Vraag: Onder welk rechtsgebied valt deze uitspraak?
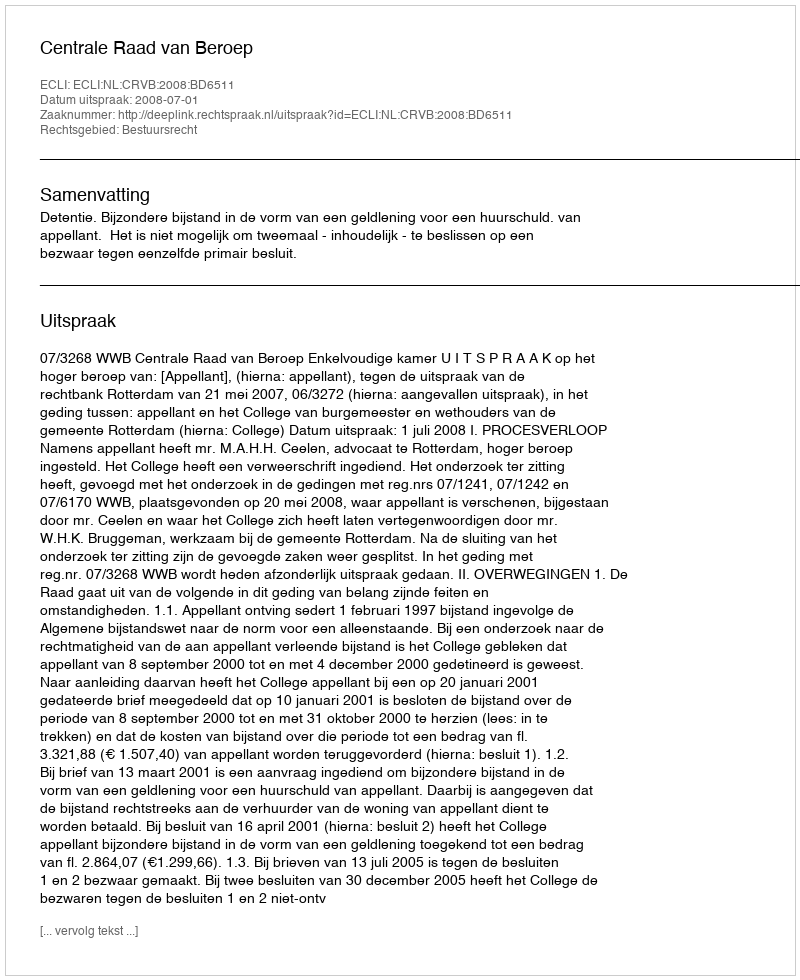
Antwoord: Bestuursrecht